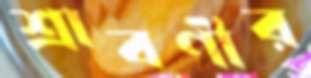
শ্রাবণীর